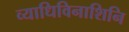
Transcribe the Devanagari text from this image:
व्याधिविनाशिनि